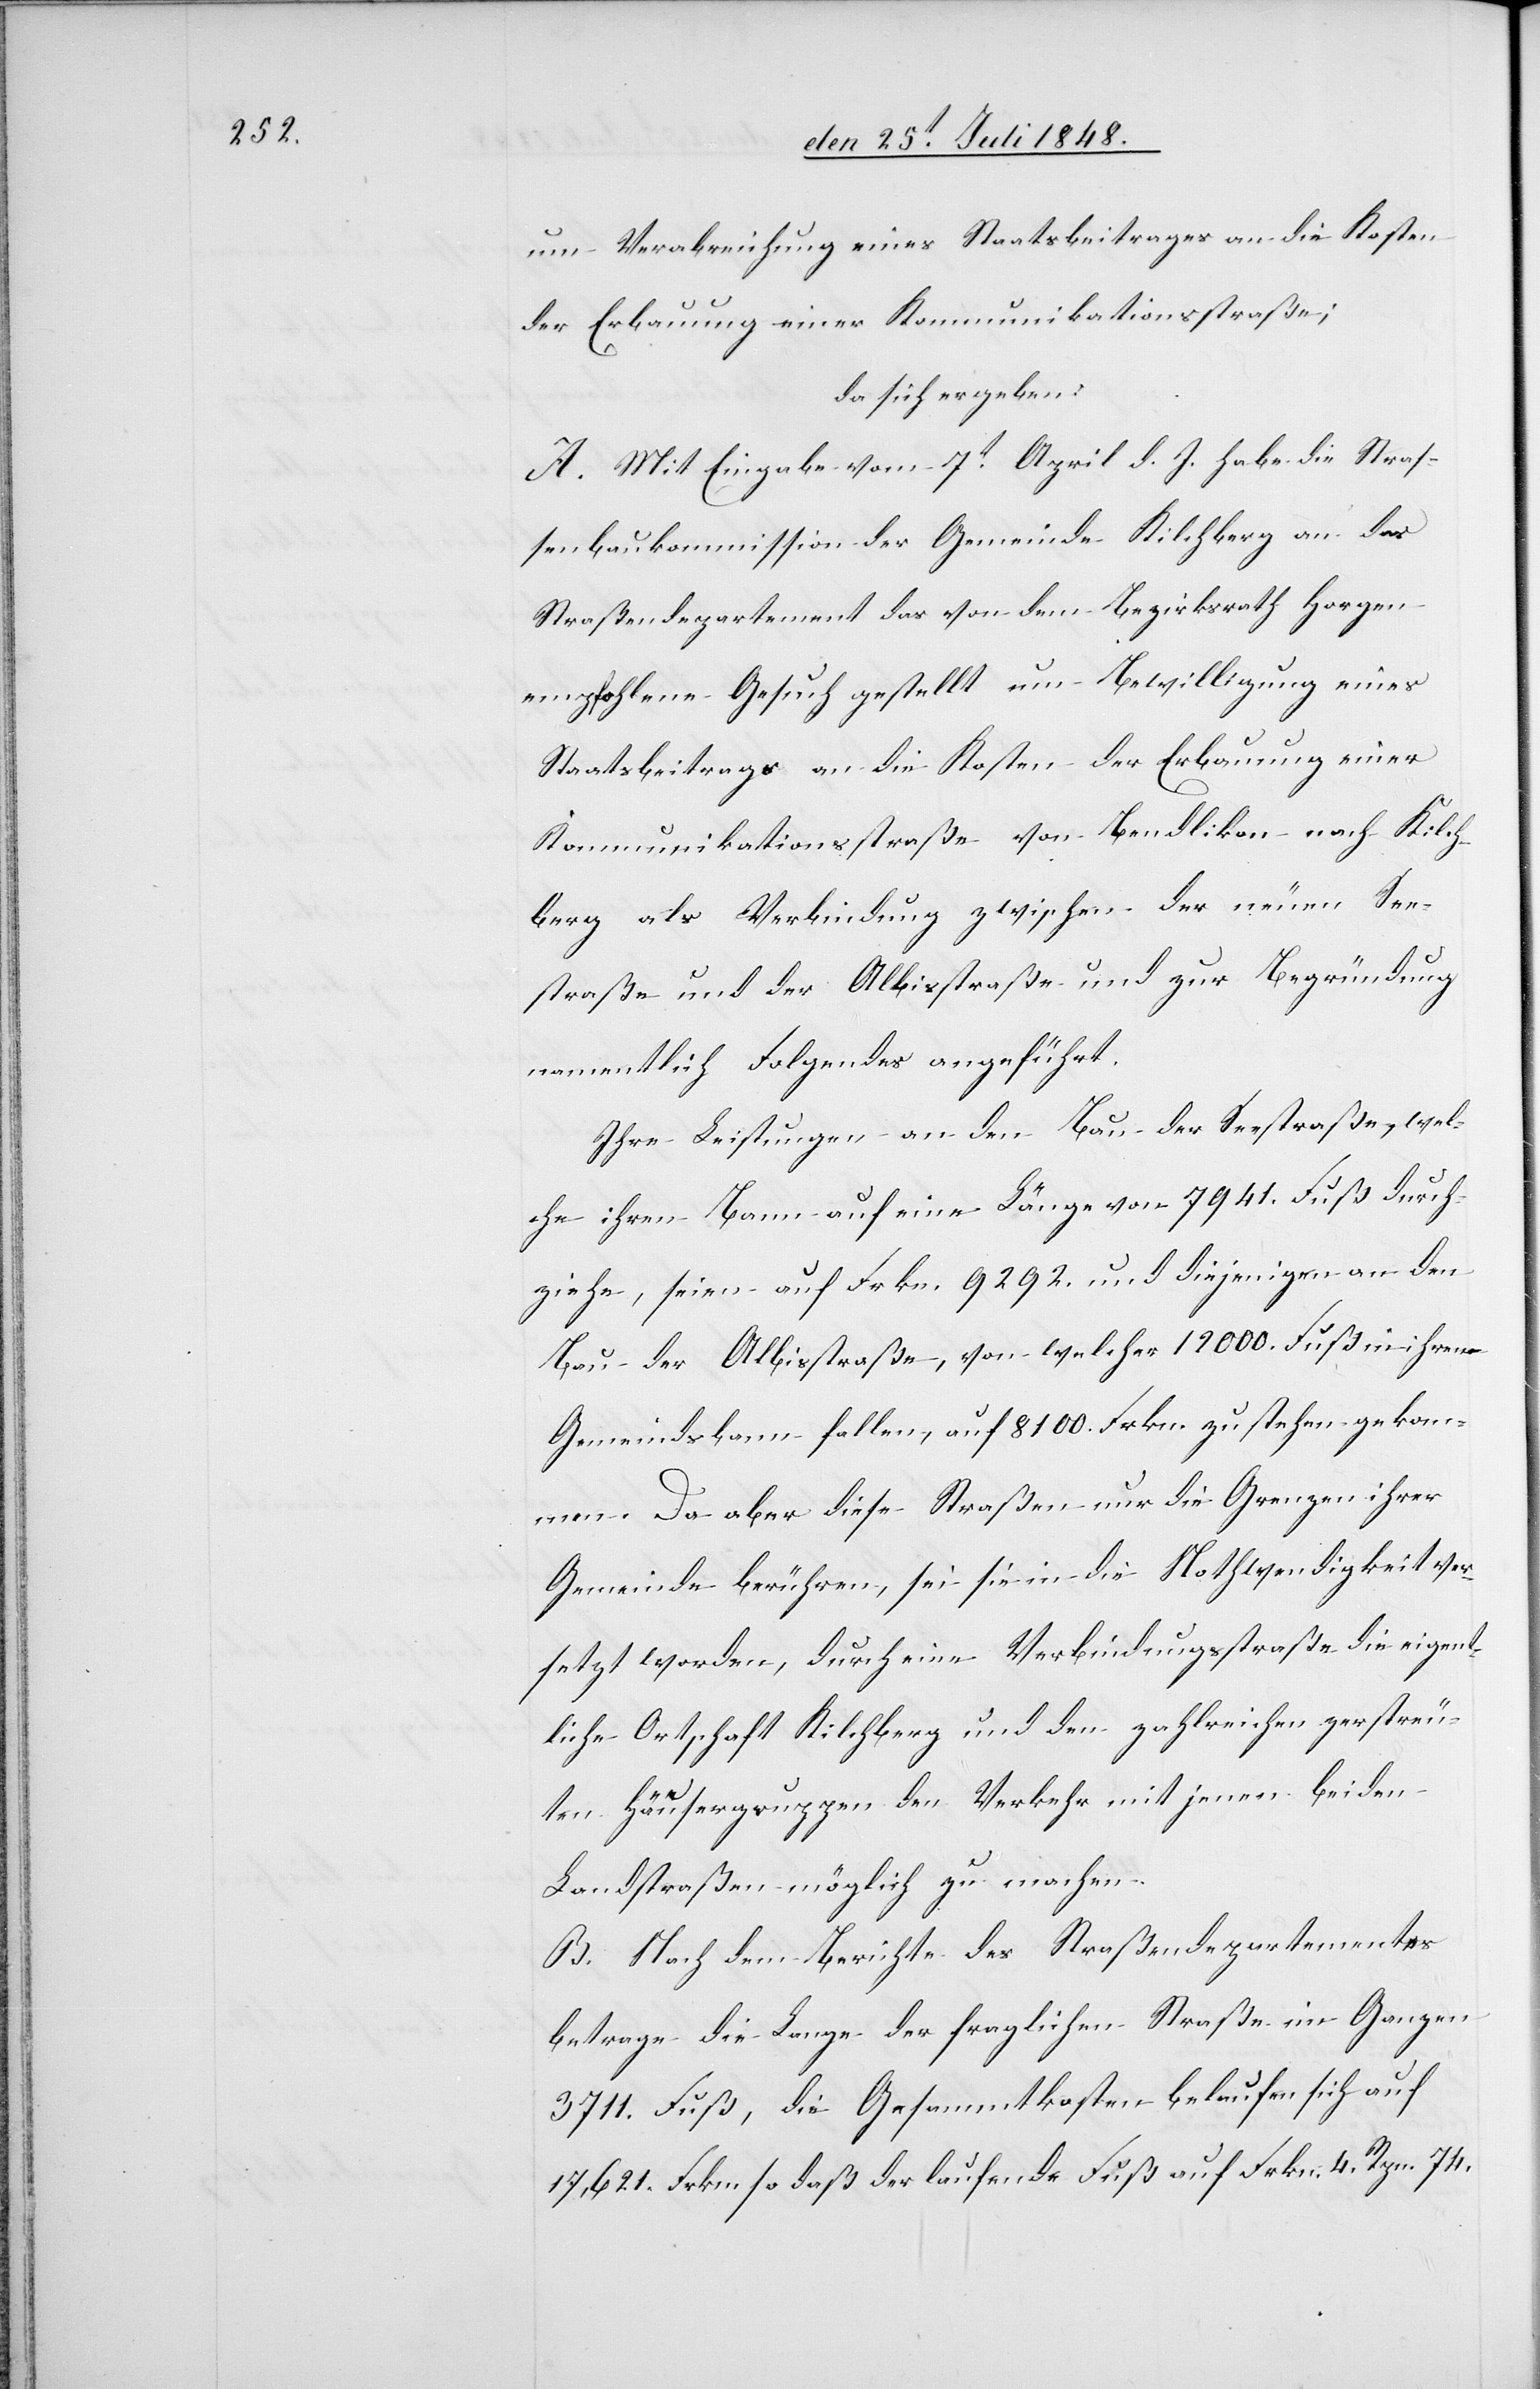
um Verabreichung eines Staatsbeitrages an die Kosten
der Erbauung einer Kommunikationsstraße;
da sich ergeben:
A. Mit Eingabe vom 7t April d. J. habe die Straß¬
enbaukommission der Gemeinde Kilchberg an das
Straßendepartement das von dem Bezirksrath Horgen
empfohlene Gesuch gestellt um Bewilligung eines
Staatsbeitrags an die Kosten der Erbauung einer
Kommunikationsstraße von Bendlikon nach Kilch¬
berg als Verbindung zwischen der neuen See¬
straße und der Albisstraße und zur Begründung
namentlich Folgendes angeführt.
Ihre Leistungen an den Bau der Seestraße, wel¬
che ihren Bann auf eine Länge von 7941. Fuß durch¬
ziehe, seien auf Frkn. 9292. und diejenigen an den
Bau der Albisstraße, von welcher 12000. Fuß in ihrem
Gemeindsbann fallen, auf 8100. Frkn. zu stehen gekom¬
men. Da aber diese Straßen nur die Grenze ihrer
Gemeinde berühren, sei sie in die Nothwendigkeit ver¬
setzt worden, durch eine Verbindungsstraße die eigent¬
liche Ortschaft Kilchberg und den zahlreichen zerstreu¬
ten Häusergruppen den Verkehr mit jenen beiden
Landstraßen möglich zu machen.
B. Nach dem Berichte des Straßendepartementes
betrage die Lange [sic!] der fraglichen Straßen im Ganzen
3711. Fuß, die Gesammtkosten belaufen sich auf
17,621. Frkn. so daß der laufende Fuß auf Frkn. 4. Rpn. 74.